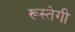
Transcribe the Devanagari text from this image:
रूस्तेगी